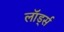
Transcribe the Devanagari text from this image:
लॉर्ड्‍स